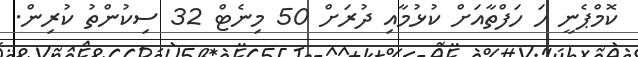
ކޮމްޕެނީ ހަ ހަފްތާއަށް ކުޅުމާއި ދުރަށް 50 މިނެޓް 32 ސިކުންތު ކުރިން.